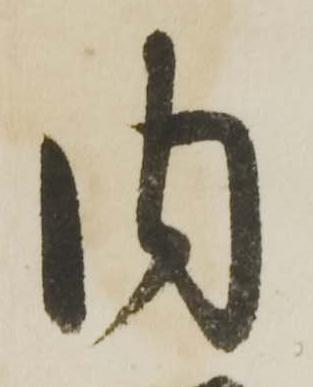
内